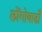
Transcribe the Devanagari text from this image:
लोंगोबार्डों